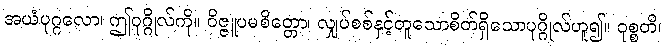
အယံပုဂ္ဂလော၊ ဤပုဂ္ဂိုလ်ကို။ ဝိဇ္ဇူပမစိတ္တော၊ လျှပ်စစ်နှင့်တူသောစိတ်ရှိသောပုဂ္ဂိုလ်ဟူ၍။ ဝုစ္စတိ၊